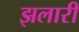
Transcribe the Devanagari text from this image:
झलारी